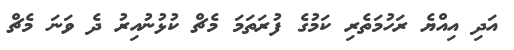
އަދި އިއްޔެ ރަހުމަތެރި ކަމުގެ ފުރަތަމަ މެޗް ކުޅުނުއިރު ދެ ވަނަ މެޗް